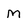
Character: M